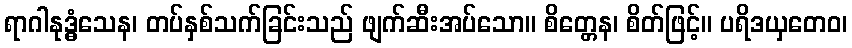
ရာဂါနုဒ္ဓံသေန၊ တပ်နှစ်သက်ခြင်းသည် ဖျက်ဆီးအပ်သော။ စိတ္တေန၊ စိတ်ဖြင့်။ ပရိဒယှတေဝ၊